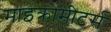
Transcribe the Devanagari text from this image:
माइक्रोमीटर्स